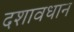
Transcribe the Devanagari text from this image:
दशावधान